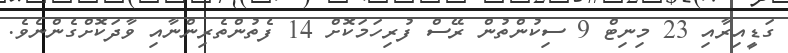
ގަޑީއިރާއި 23 މިނިޓް 9 ސިކުންތުން ރޭސް ފުރިހަމަކޮށް 14 ފެތުންތެރިންނާއި ވާދަކޮށްގެންނެވެ.